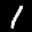
Label: 1